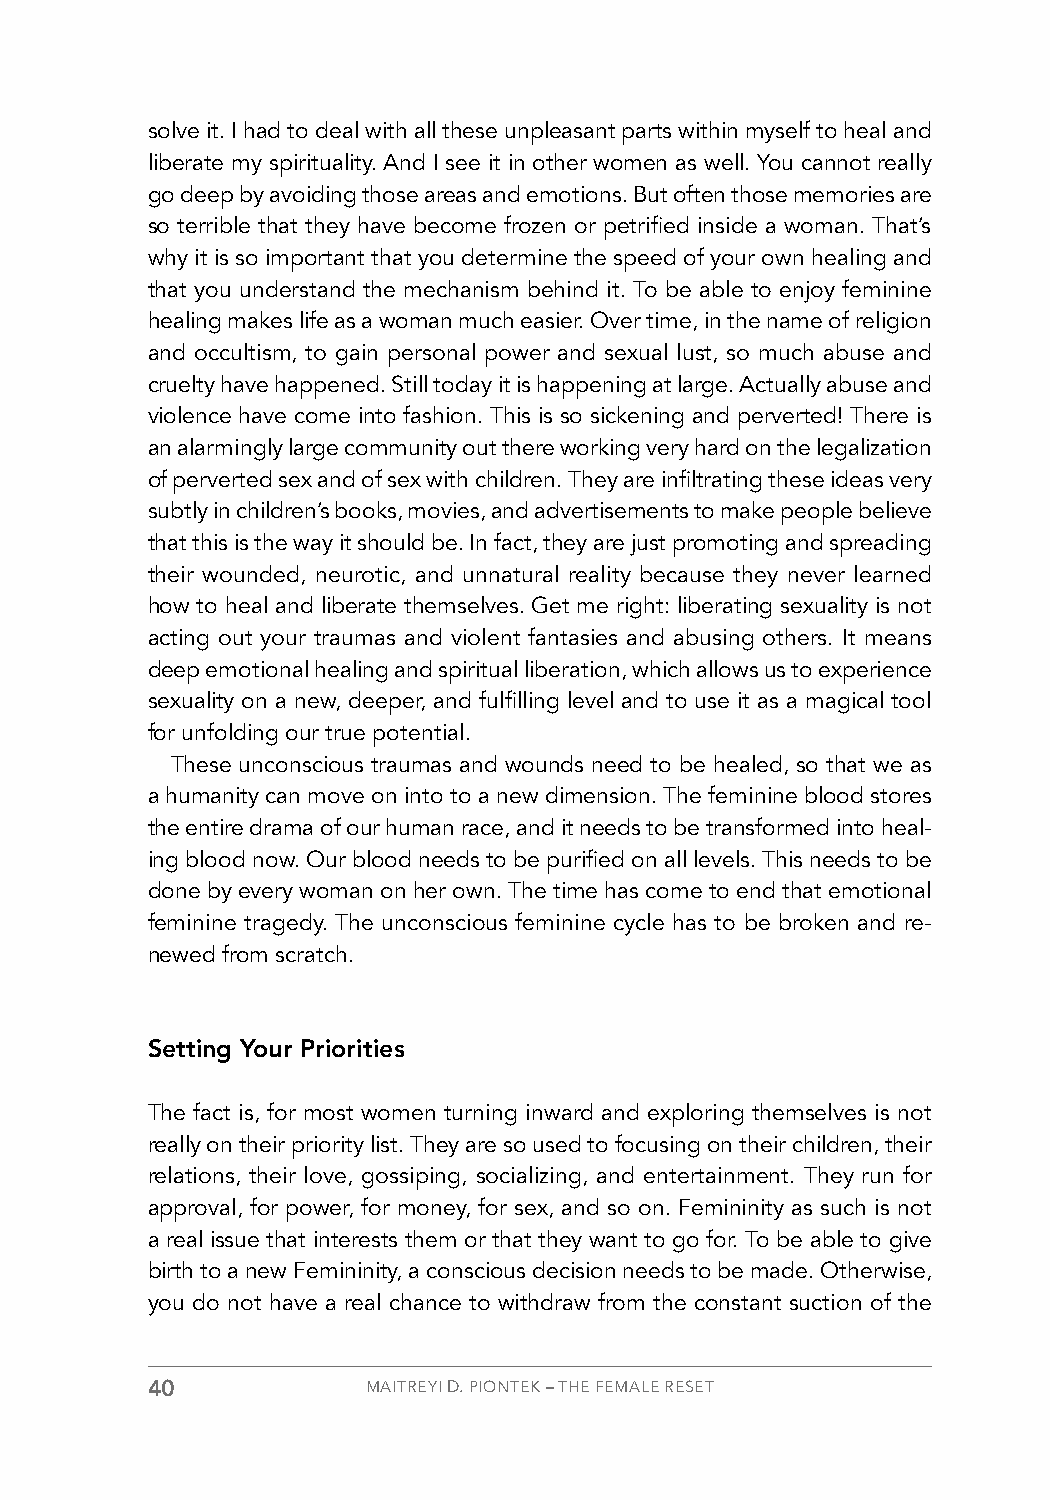
solve it. I had to deal with all these unpleasant parts within myself to heal and
 liberate my spirituality. And I see it in other women as well. You cannot really
 go deep by avoiding those areas and emotions. But often those memories are
 so terrible that they have become frozen or petrified inside a woman. That’s
 why it is so important that you determine the speed of your own healing and
 that you understand the mechanism behind it. To be able to enjoy feminine
 healing makes life as a woman much easier. Over time, in the name of religion
 and occultism, to gain personal power and sexual lust, so much abuse and
 cruelty have happened. Still today it is happening at large. Actually abuse and
 violence have come into fashion. This is so sickening and perverted! There is
 an alarmingly large community out there working very hard on the legalization
 of perverted sex and of sex with children. They are infiltrating these ideas very
 subtly in children’s books, movies, and advertisements to make people believe
 that this is the way it should be. In fact, they are just promoting and spreading
 their wounded, neurotic, and unnatural reality because they never learned
 how to heal and liberate themselves. Get me right: liberating sexuality is not
 acting out your traumas and violent fantasies and abusing others. It means
 deep emotional healing and spiritual liberation, which allows us to experience
 sexuality on a new, deeper, and fulfilling level and to use it as a magical tool
 for unfolding our true potential.
 These unconscious traumas and wounds need to be healed, so that we as
 a humanity can move on into to a new dimension. The feminine blood stores
 the entire drama of our human race, and it needs to be transformed into heal-
 ing blood now. Our blood needs to be purified on all levels. This needs to be
 done by every woman on her own. The time has come to end that emotional
 feminine tragedy. The unconscious feminine cycle has to be broken and re-
 newed from scratch.
 Setting Your Priorities
 The fact is, for most women turning inward and exploring themselves is not
 really on their priority list. They are so used to focusing on their children, their
 relations, their love, gossiping, socializing, and entertainment. They run for
 approval, for power, for money, for sex, and so on. Femininity as such is not
 a real issue that interests them or that they want to go for. To be able to give
 birth to a new Femininity, a conscious decision needs to be made. Otherwise,
 you do not have a real chance to withdraw from the constant suction of the
 40            MAITREYI D. PIONTEK – THE FEMALE RESET